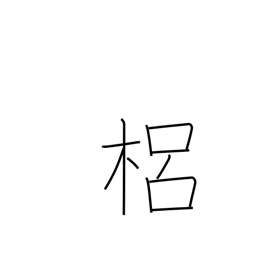
Meaning: a kind of quince